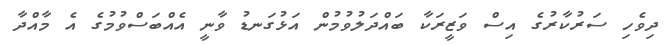
ދިވެހި ސަރުކާރުގެ އިސް ވަޒީރަކާ ބައްދަލުވުމުން އަޅުގަނޑު ވާނީ އެއްބަސްވުމުގެ އެ މާއްދާ